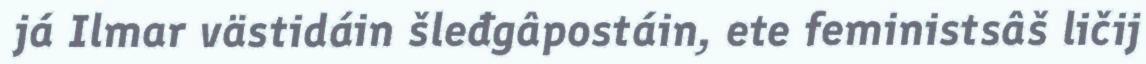
já Ilmar västidáin šleđgâpostáin, ete feministsâš ličij